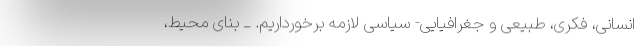
انسانی، فکری، طبیعی و جغرافیایی- سیاسی لازمه برخورداریم. ــ بنای محیط،